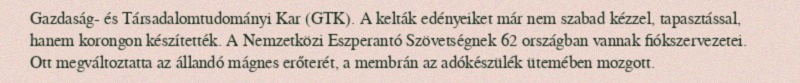
Gazdaság- és Társadalomtudományi Kar (GTK). A kelták edényeiket már nem szabad kézzel, tapasztással, hanem korongon készítették. A Nemzetközi Eszperantó Szövetségnek 62 országban vannak fiókszervezetei. Ott megváltoztatta az állandó mágnes erőterét, a membrán az adókészülék ütemében mozgott.